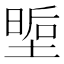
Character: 𭏏